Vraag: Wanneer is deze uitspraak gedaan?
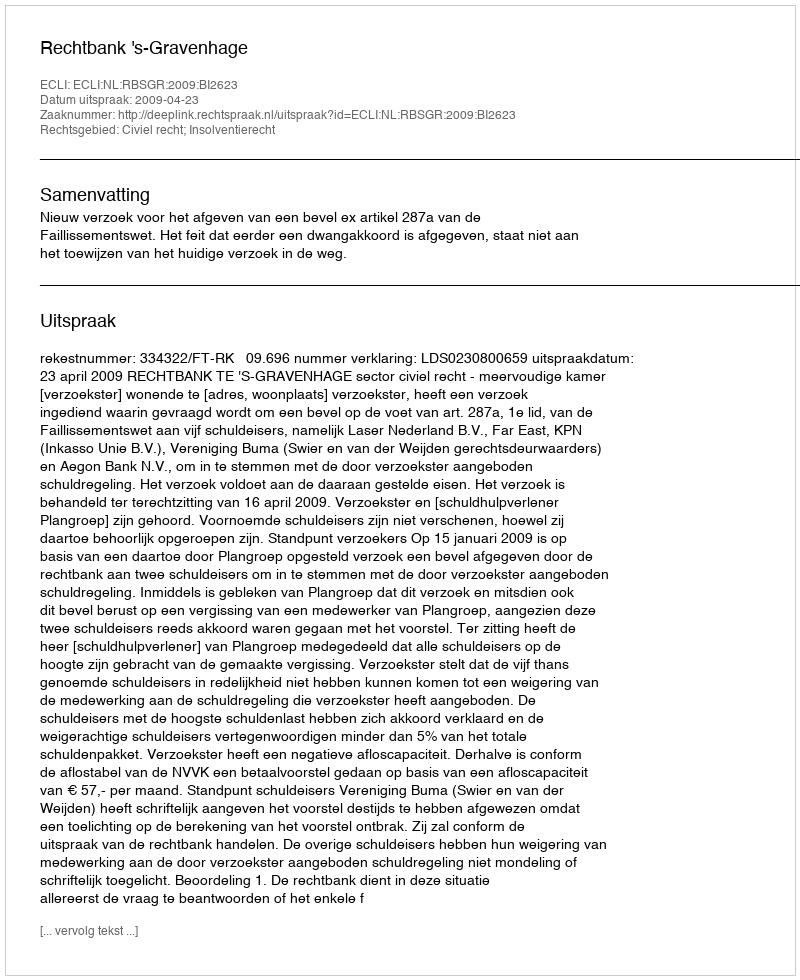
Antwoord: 2009-04-23